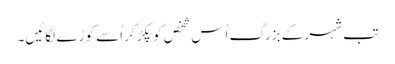
تب شہر کے بزرگ اُس شخص کو پکڑ کر اُسے کوڑے لگائیں۔